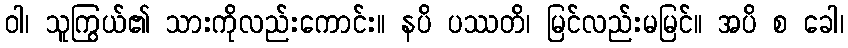
ဝါ၊ သူကြွယ်၏ သားကိုလည်းကောင်း။ နပိ ပဿတိ၊ မြင်လည်းမမြင်။ အပိ စ ခေါ၊